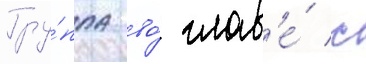
Гру́ппа во́ глав'е́ с